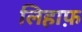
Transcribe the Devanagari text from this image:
लिहाफ़